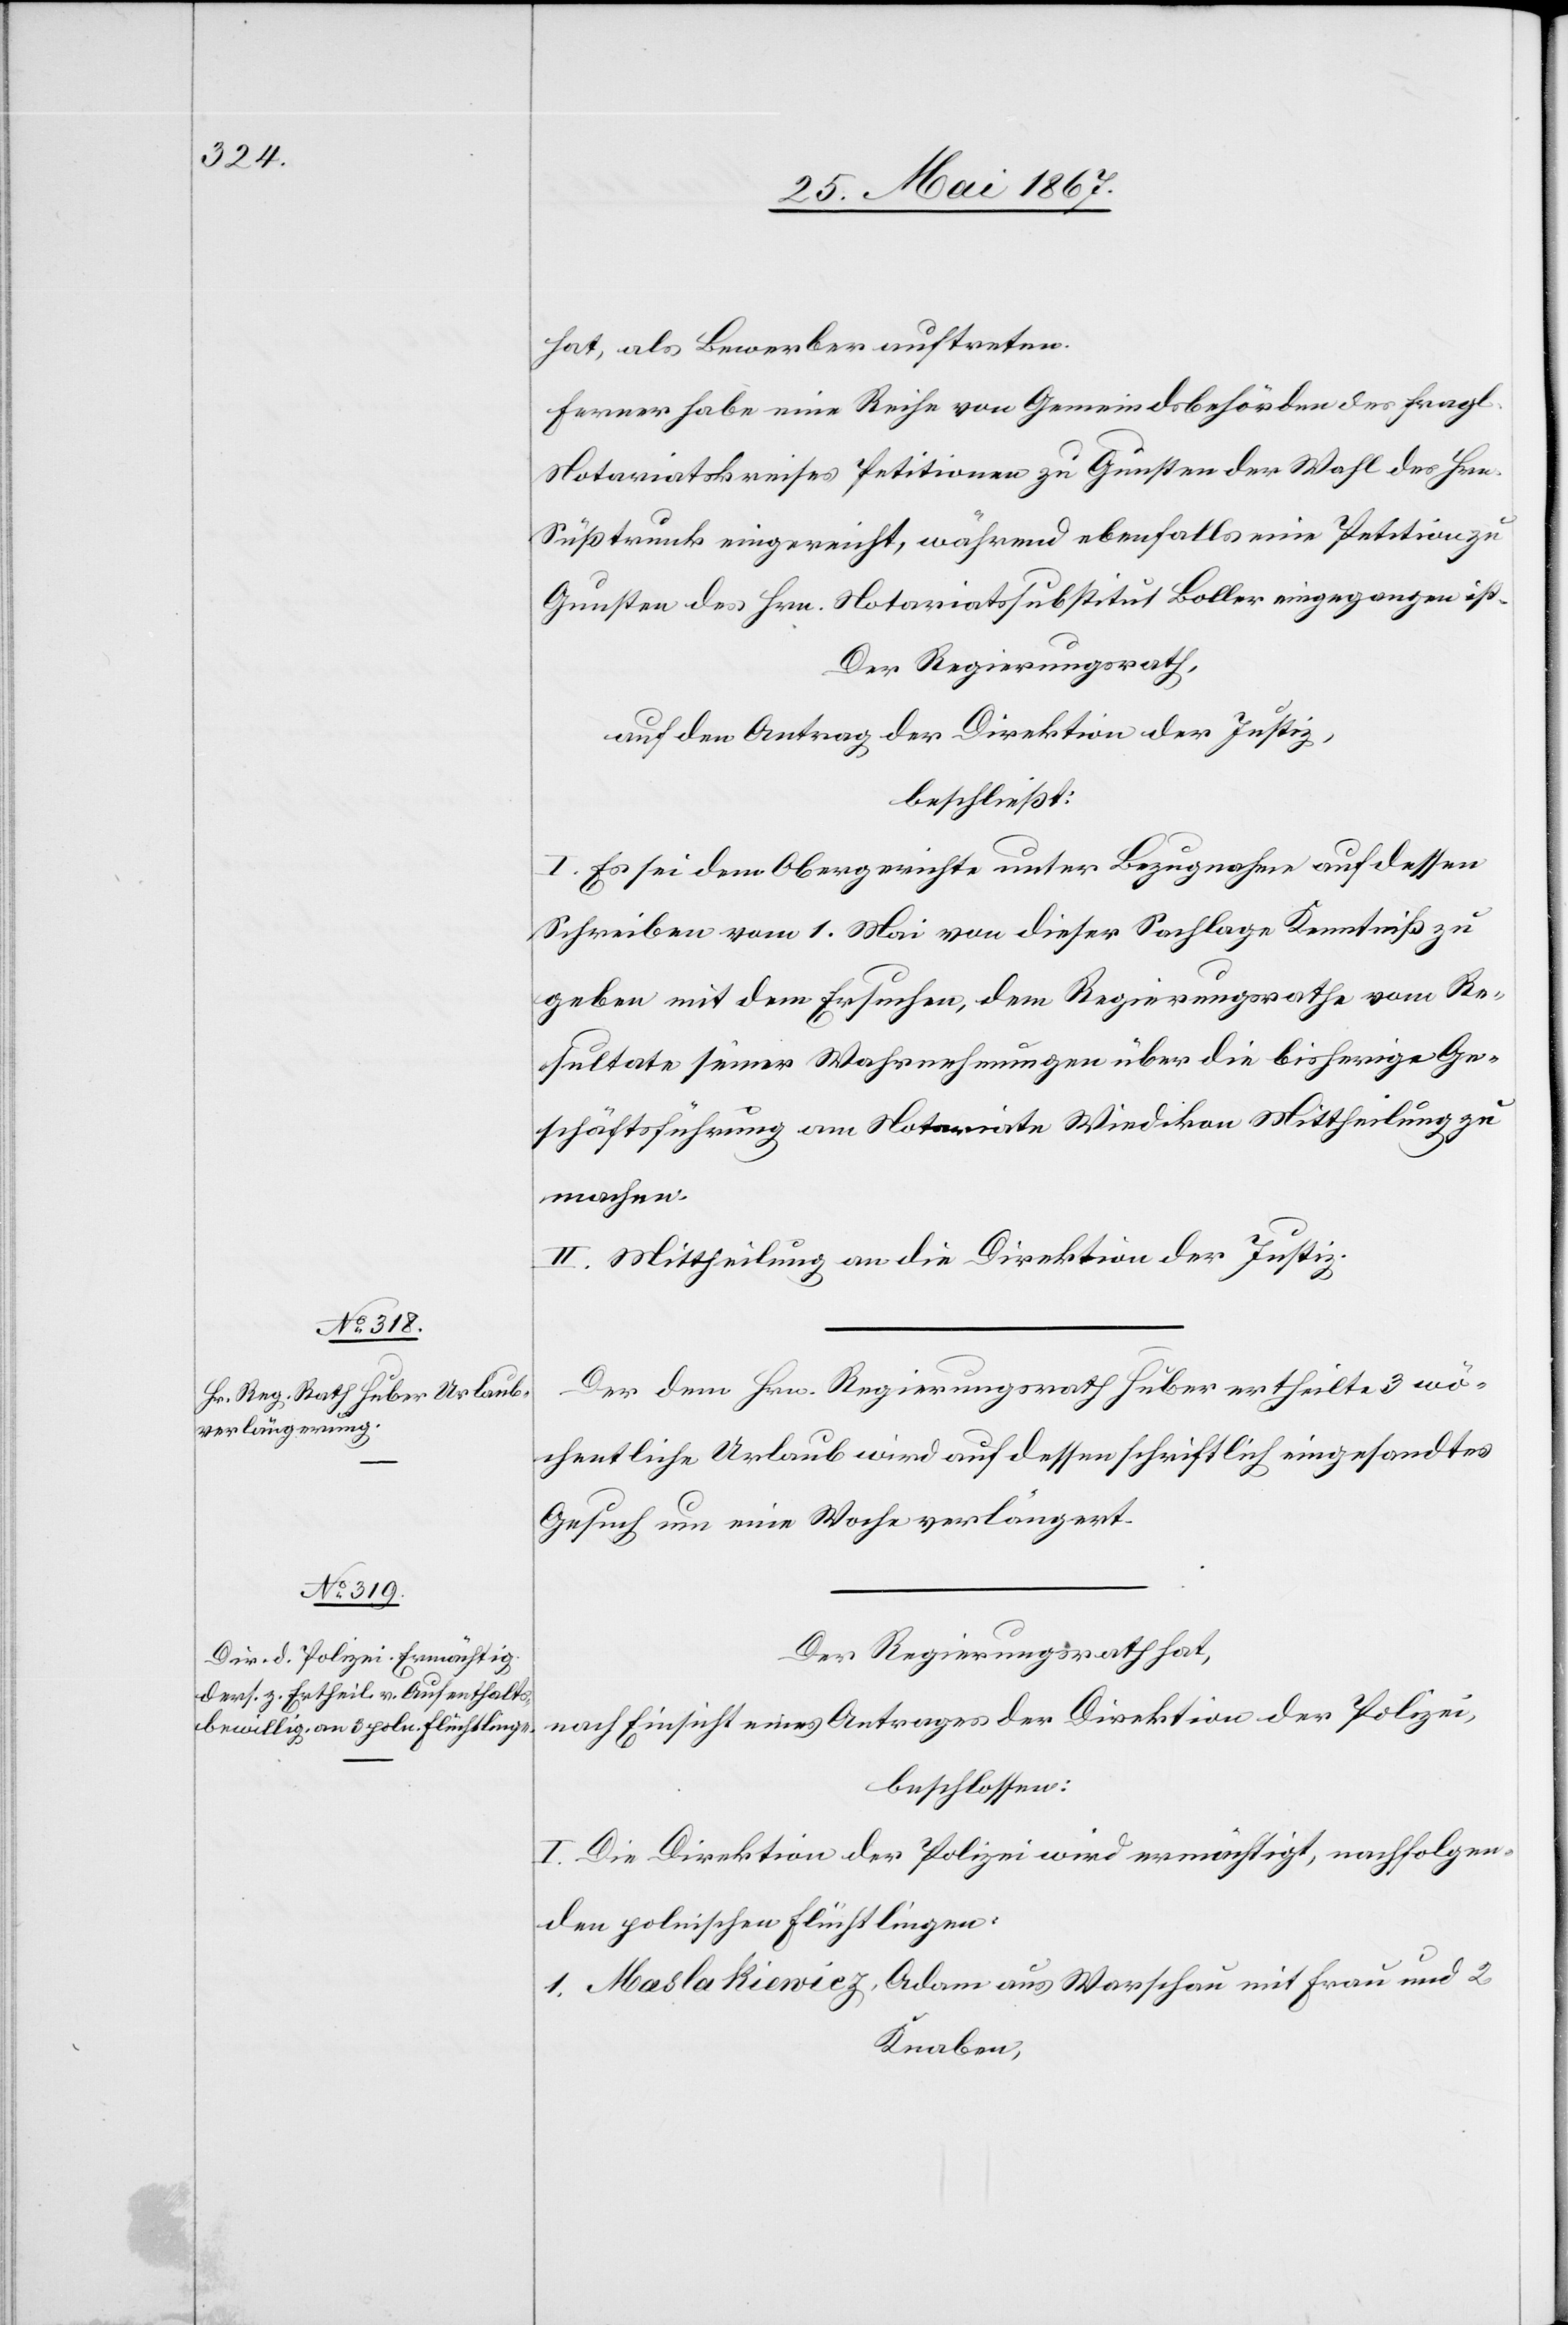
hat, als Bewerber auftreten.
Ferner habe eine Reihe von Gemeindsbehörden des fragl.
Notariatskreises Petitionen zu Gunsten der Wahl des Hrn.
Süßtrunk eingereicht, während ebenfalls eine Petition zu
Gunsten des Hrn. Notariatssubstitut Boller eingegangen ist.
Der Regierungsrath,
auf den Antrag der Direktion der Justiz,
beschließt:
I. Es sei dem Obergerichte unter Bezugnahme auf dessen
Schreiben vom 1. Mai von dieser Sachlage Kenntniß zu
geben mit dem Ersuchen, dem Regierungsrathe vom Re¬
sultate seiner Wahrnehmungen über die bisherige Ge¬
schäftsführung am Notariate Wiedikon Mittheilung zu
machen.
II. Mittheilung an die Direktion der Justiz.
Der dem Regierungsrath Huber ertheilte wö¬
chentliche Urlaub wird auf dessen schriftlich eingesandtes
Gesuch um eine Woche verlängert.
Der Regierungsrath hat,
nach Einsicht eines Antrages der Direktion der Polizei,
beschlossen:
I. Die Direktion der Polizei wird ermächtigt, nachfolgen¬
den polnischen Flüchtlingen:
1. Maslakiewicz, Adam aus Warschau mit Frau und 2
Knaben,